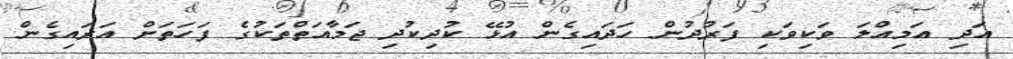
އަދި އަމިއްލަ ވަކިވަކި ފަރުދުން ހަދައިގެން އުޅޭ ކުދިކުދި ޖަމާއަތްތަކުގެ ފަހަތަށް އަރައިގެން